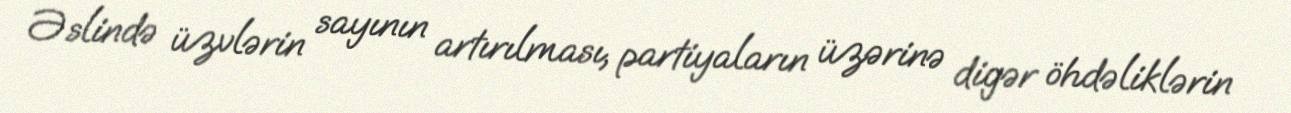
Əslində üzvlərin sayının artırılması, partiyaların üzərinə digər öhdəliklərin